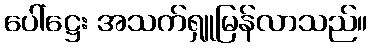
ပေါ်ဋ္ဌေး အသက်ရှူမြန်လာသည်။